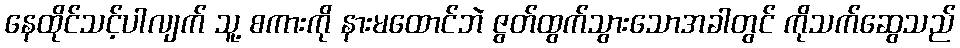
နေထိုင်သင့်ပါလျက် သူ့ စကားကို နားမထောင်ဘဲ ဇွတ်ထွက်သွားသောအခါတွင် ကိုသက်ဆွေသည်